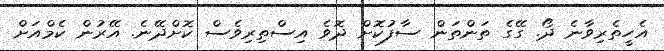
އެހީތެރިވާނެ ދޯ. ގޭގެ ތަންތަން ސާފުކޮށް ދޮވެ އިސްތިރިވެސް ކޮށްދޭނެ. އޭރުން ކެމްއަށް